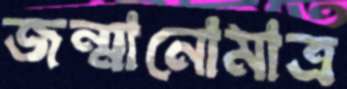
জন্মানোমাত্র